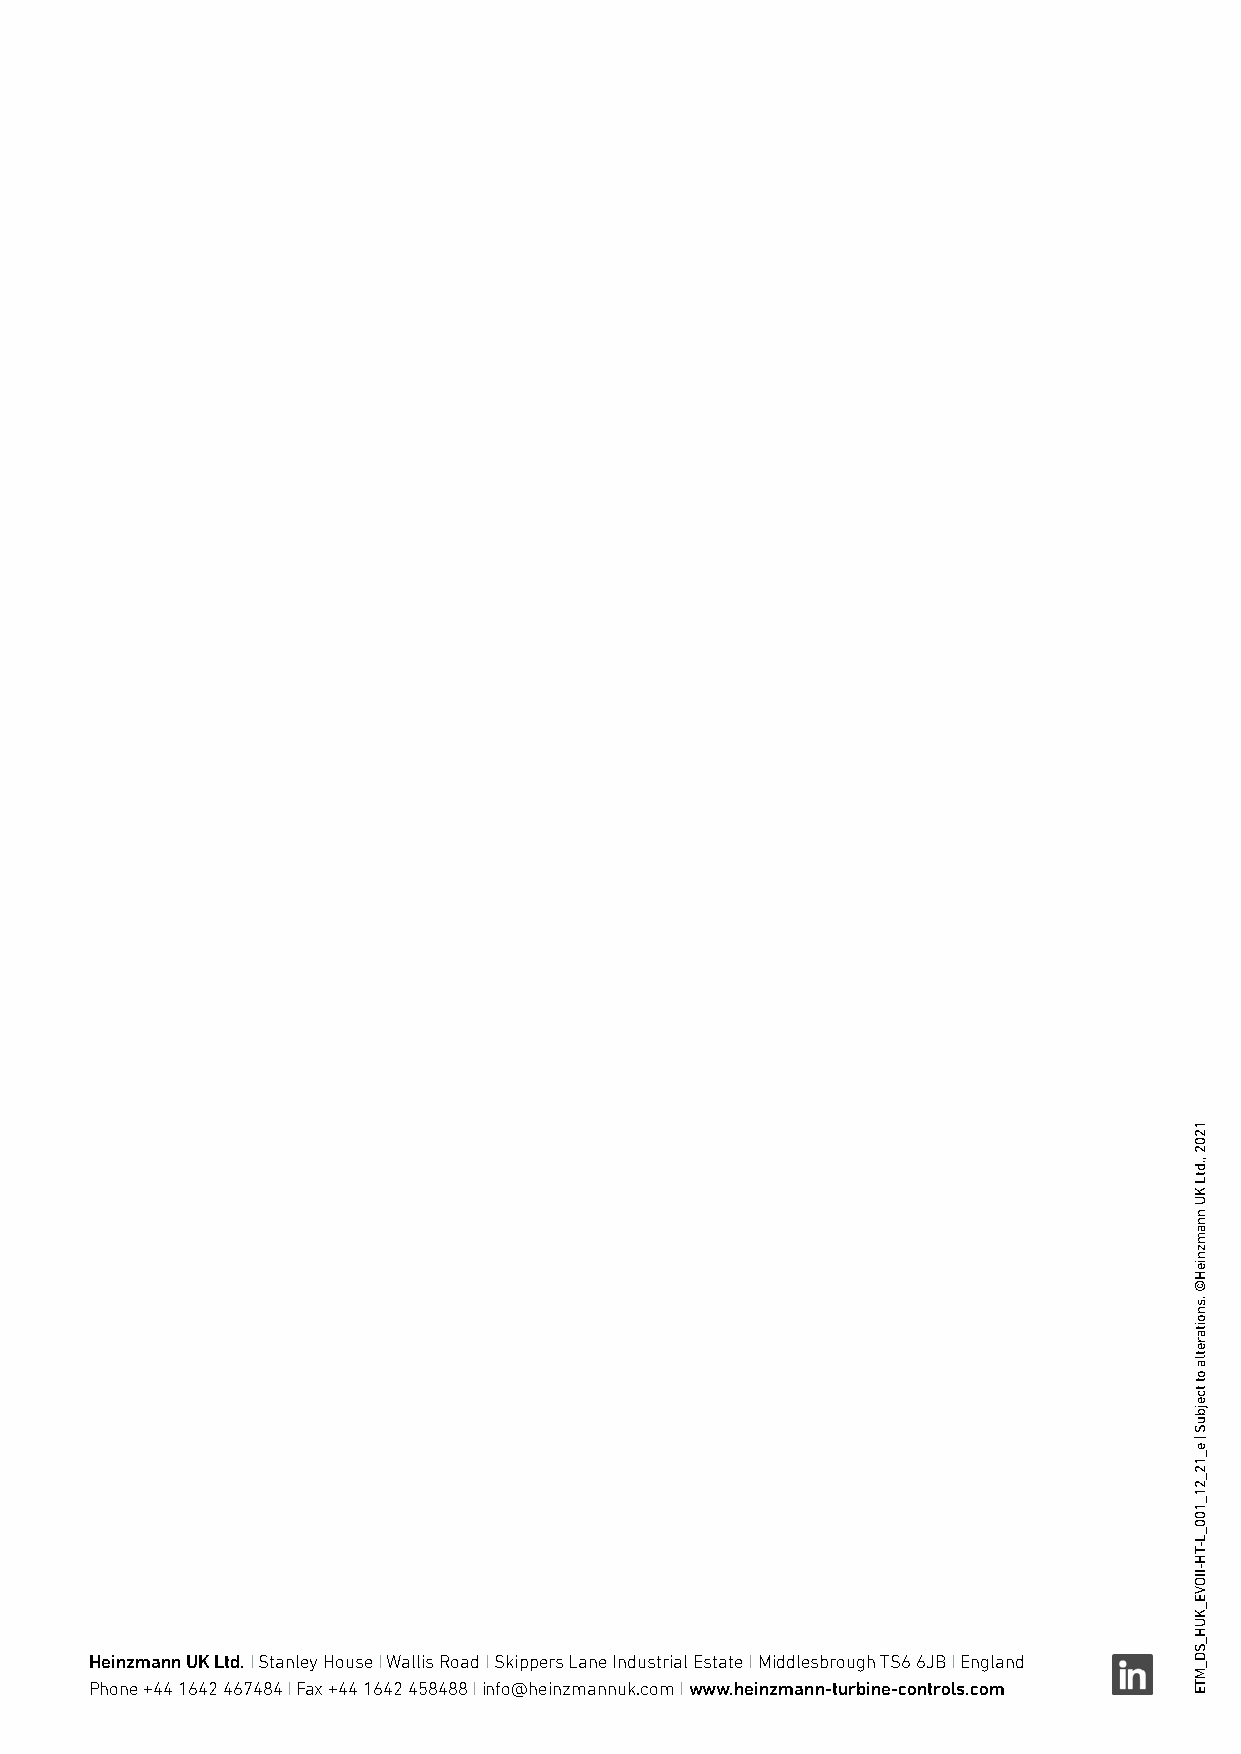
Heinzmann UK Ltd. I Stanley House I Wallis Road I Skippers Lane Industrial Estate I Middlesbrough TS6 6JB I England
 Phone +44 1642 467484 I Fax +44 1642 458488 I info@heinzmannuk.com I www.heinzmann-turbine-controls.com
 1202
 ,.dtL
 KU
 nnamznieH©
 .snoitaretla
 ot
 tcejbuS
 |
 e_12_21_100_L-TH-IIOVE_KUH_SD_MTE